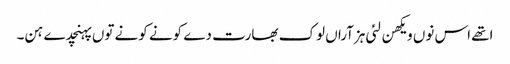
اتھے اس نوں ویکھن لئی ہزآراں لوک بھارت دے کونے کونے توں پہنچدے ہن۔